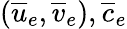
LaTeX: (\overline{{u}}_{e},\overline{{v}}_{e}),\overline{{c}}_{e}